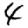
Digit: 4